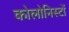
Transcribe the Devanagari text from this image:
कोलोनिस्टों